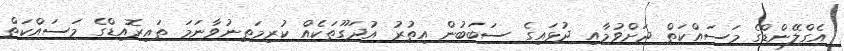
އެގްލޭންޑްގެ މަސައްކަތް ދަށްވުމާއި ދުޅައިގެ ސަބަބުން އިތުރު އުދަގޫތަކެއް ކުރިމަތިނުވާނަމަ ތައިރޮއިޑްގެ މަސައްކަތް